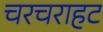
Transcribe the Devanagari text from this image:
चरचराहट